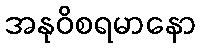
အနုဝိစရမာနော